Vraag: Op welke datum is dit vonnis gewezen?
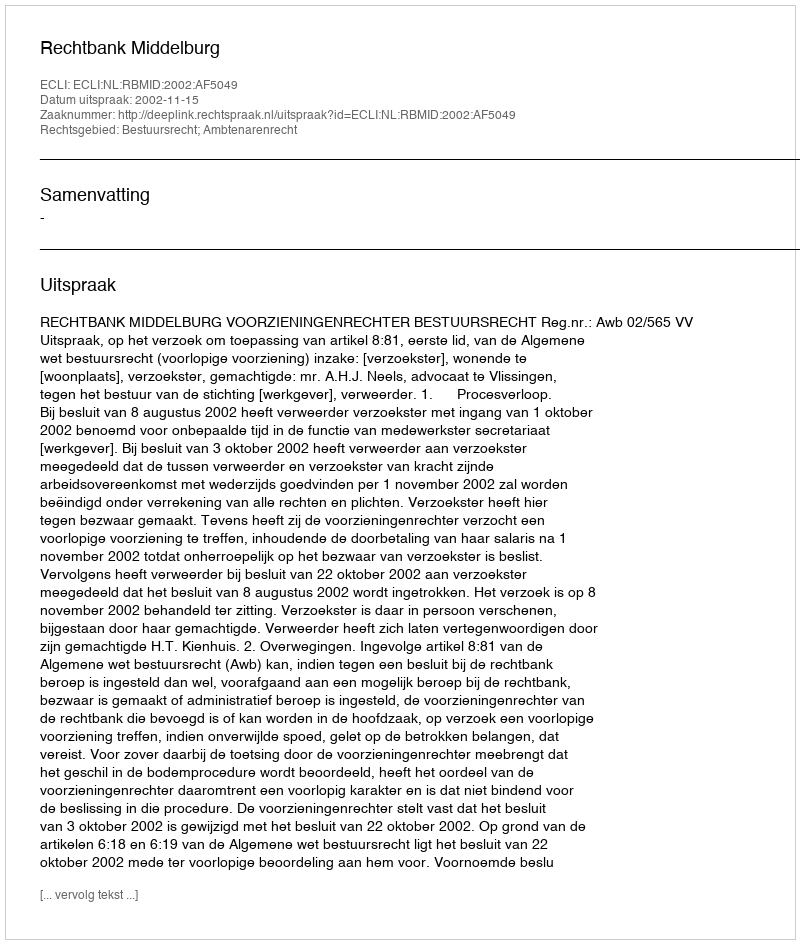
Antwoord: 2002-11-15